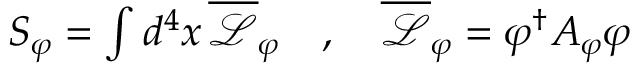
\begin{array} { r } { S _ { \varphi } = \int d ^ { 4 } x \, \overline { { \mathcal { L } } } _ { \varphi } \quad , \quad \overline { { \mathcal { L } } } _ { \varphi } = \varphi ^ { \dagger } A _ { \varphi } \varphi } \end{array}